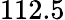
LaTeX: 112.5